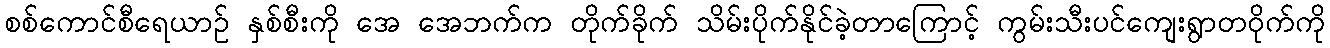
စစ်ကောင်စီရေယာဥ် နှစ်စီးကို အေ အေဘက်က တိုက်ခိုက် သိမ်းပိုက်နိုင်ခဲ့တာကြောင့် ကွမ်းသီးပင်ကျေးရွာတဝိုက်ကို